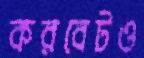
করবেটও